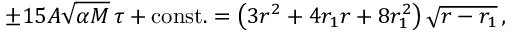
\pm 1 5 A \sqrt { \alpha M } \, \tau + \mathrm { c o n s t . } = \left( 3 r ^ { 2 } + { 4 r _ { 1 } } r + 8 r _ { 1 } ^ { 2 } \right) \sqrt { r - { r _ { 1 } } } \, , \nonumber \,